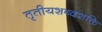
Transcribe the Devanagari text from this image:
तृतीयशब्दशक्ति